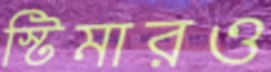
স্টিমারও